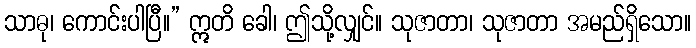
သာဓု၊ ကောင်းပါပြီ။” ဣတိ ခေါ၊ ဤသို့လျှင်။ သုဇာတာ၊ သုဇာတာ အမည်ရှိသော။